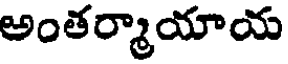
అంతర్మాయాయ